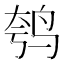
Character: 𫛦